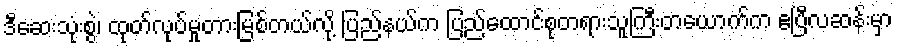
ဒီဆေးသုံးစွဲ၊ ထုတ်လုပ်မှုတားမြစ်တယ်လို့ ပြည်နယ်က ပြည်ထောင်စုတရားသူကြီးတယောက်က ဧပြီလဆန်းမှာ